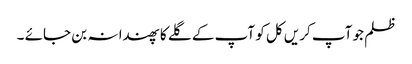
ظلم جو آپ کریں کل کو آپ کے گلے کا پھندا نہ بن جائے ۔